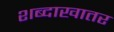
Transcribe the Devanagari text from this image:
शब्दाखातर